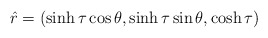
\begin{align*}\hat{r}=(\sinh\tau\cos\theta,\sinh\tau\sin\theta,\cosh\tau)\end{align*}